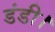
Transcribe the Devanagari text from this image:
डंडी।